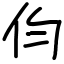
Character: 伨